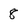
Character: 8